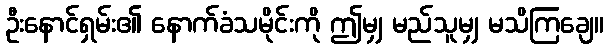
ဦးနောင်ရှမ်း၏ နောက်ခံသမိုင်းကို ဤမျှ မည်သူမျှ မသိကြချေ။